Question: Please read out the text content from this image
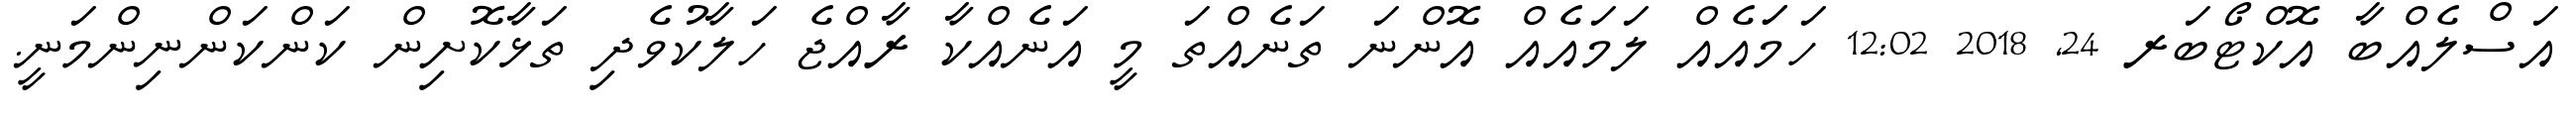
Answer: އަސްލެއްބާ އޮކްޓޯބަރ 24, 2018 12:02 ހަމަައެއް ލަމައެއް އޮންނަ ތަނެއްތަ މީ އަނެއްކާ ރާއްޖެ ހަލާކުވެދި ތަޅާކޮށިން ކަންކަންނިންމަނީ.